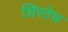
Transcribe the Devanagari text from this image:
शिरतेच